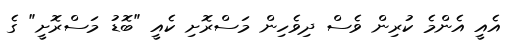
އެއީ އެންމެ ކުރިން ވެސް ދިވެހިން މަސްރޮށި ކެއީ "ބޮޑު މަސްރޮށީ" ގެ